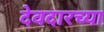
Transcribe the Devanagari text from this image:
देवदारच्या